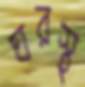
ঘরস্থ